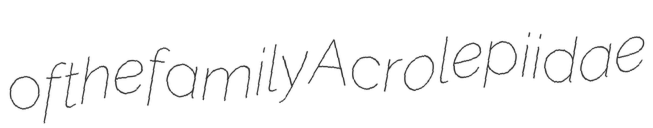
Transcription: of the family Acrolepiidae